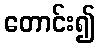
တောင်း၍